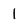
Character: 1